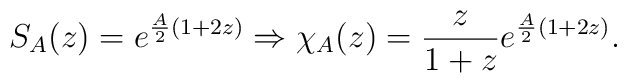
S_A(z)=e^{\frac{A}{2}(1+2z)} \Rightarrow\chi_A(z)=\frac{z}{1+z}e^{\frac{A}{2}(1+2z)}.